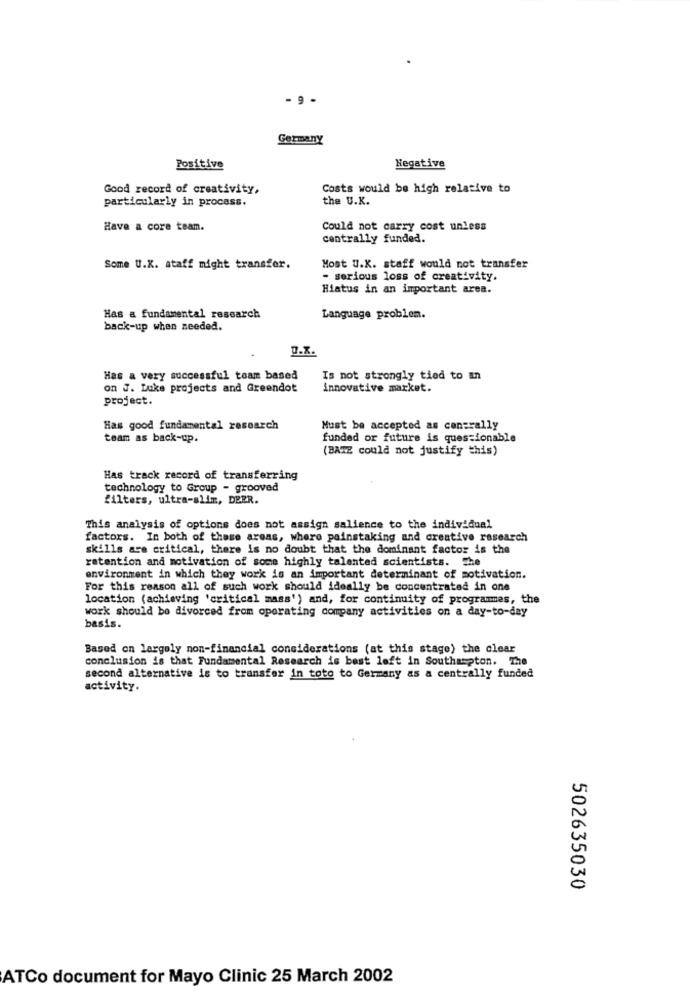
- 9 -
Germany
Positive
Negative
Good record of creativity,
Costs would be high relative to
particularly in process.
the U.K.
Have a core team.
Could not carry cost unless
centrally funded.
Some U.K. staff might transfer.
Most U.K. staff would not transfer
- serious loss of creativity.
Hiatus in an important area.
Has a fundamental research
Language problem.
back-up when needed.
D.x.
Has a very successful team based
Is not strongly tied to in
on J. Luke projects and Greendot
innovative market.
project.
Has good fundamental research
Must be accepted as conerally
team as back-up.
funded or future is questionable
(BATE could not justify this)
Has track record of transferring
technology to Group - grooved
filters, ultra-slim, DEER.
This analysis of options does not assign salience to the individual
factors. In both of these areas, where painstaking and creative research
skills are critical, there is no doubt that the dominant factor is the
retention and motivation of some highly talented scientists. The
environment in which they work is an important determinant of motivation.
For this reason all of such work should ideally be concentrated in one
location (achieving 'critical mass') and, for continuity of programmes, the
work should be divorced from operating company activities on a day-to-day
basis.
Based on largely non-financial considerations (at this stage) the clear
conclusion is that Fundamental Research is best loft in Southampton. The
second alternative is to transfer in toto to Germany as a centrally funded
activity.
502635030
ATCo document for Mayo Clinic 25 March 2002